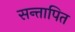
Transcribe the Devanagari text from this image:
सन्तापित